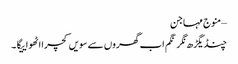
–منوج مہاجن
چنڈیگڑھ نگر نگم اب گھروں سے سویں کچرا اٹھواییگا۔